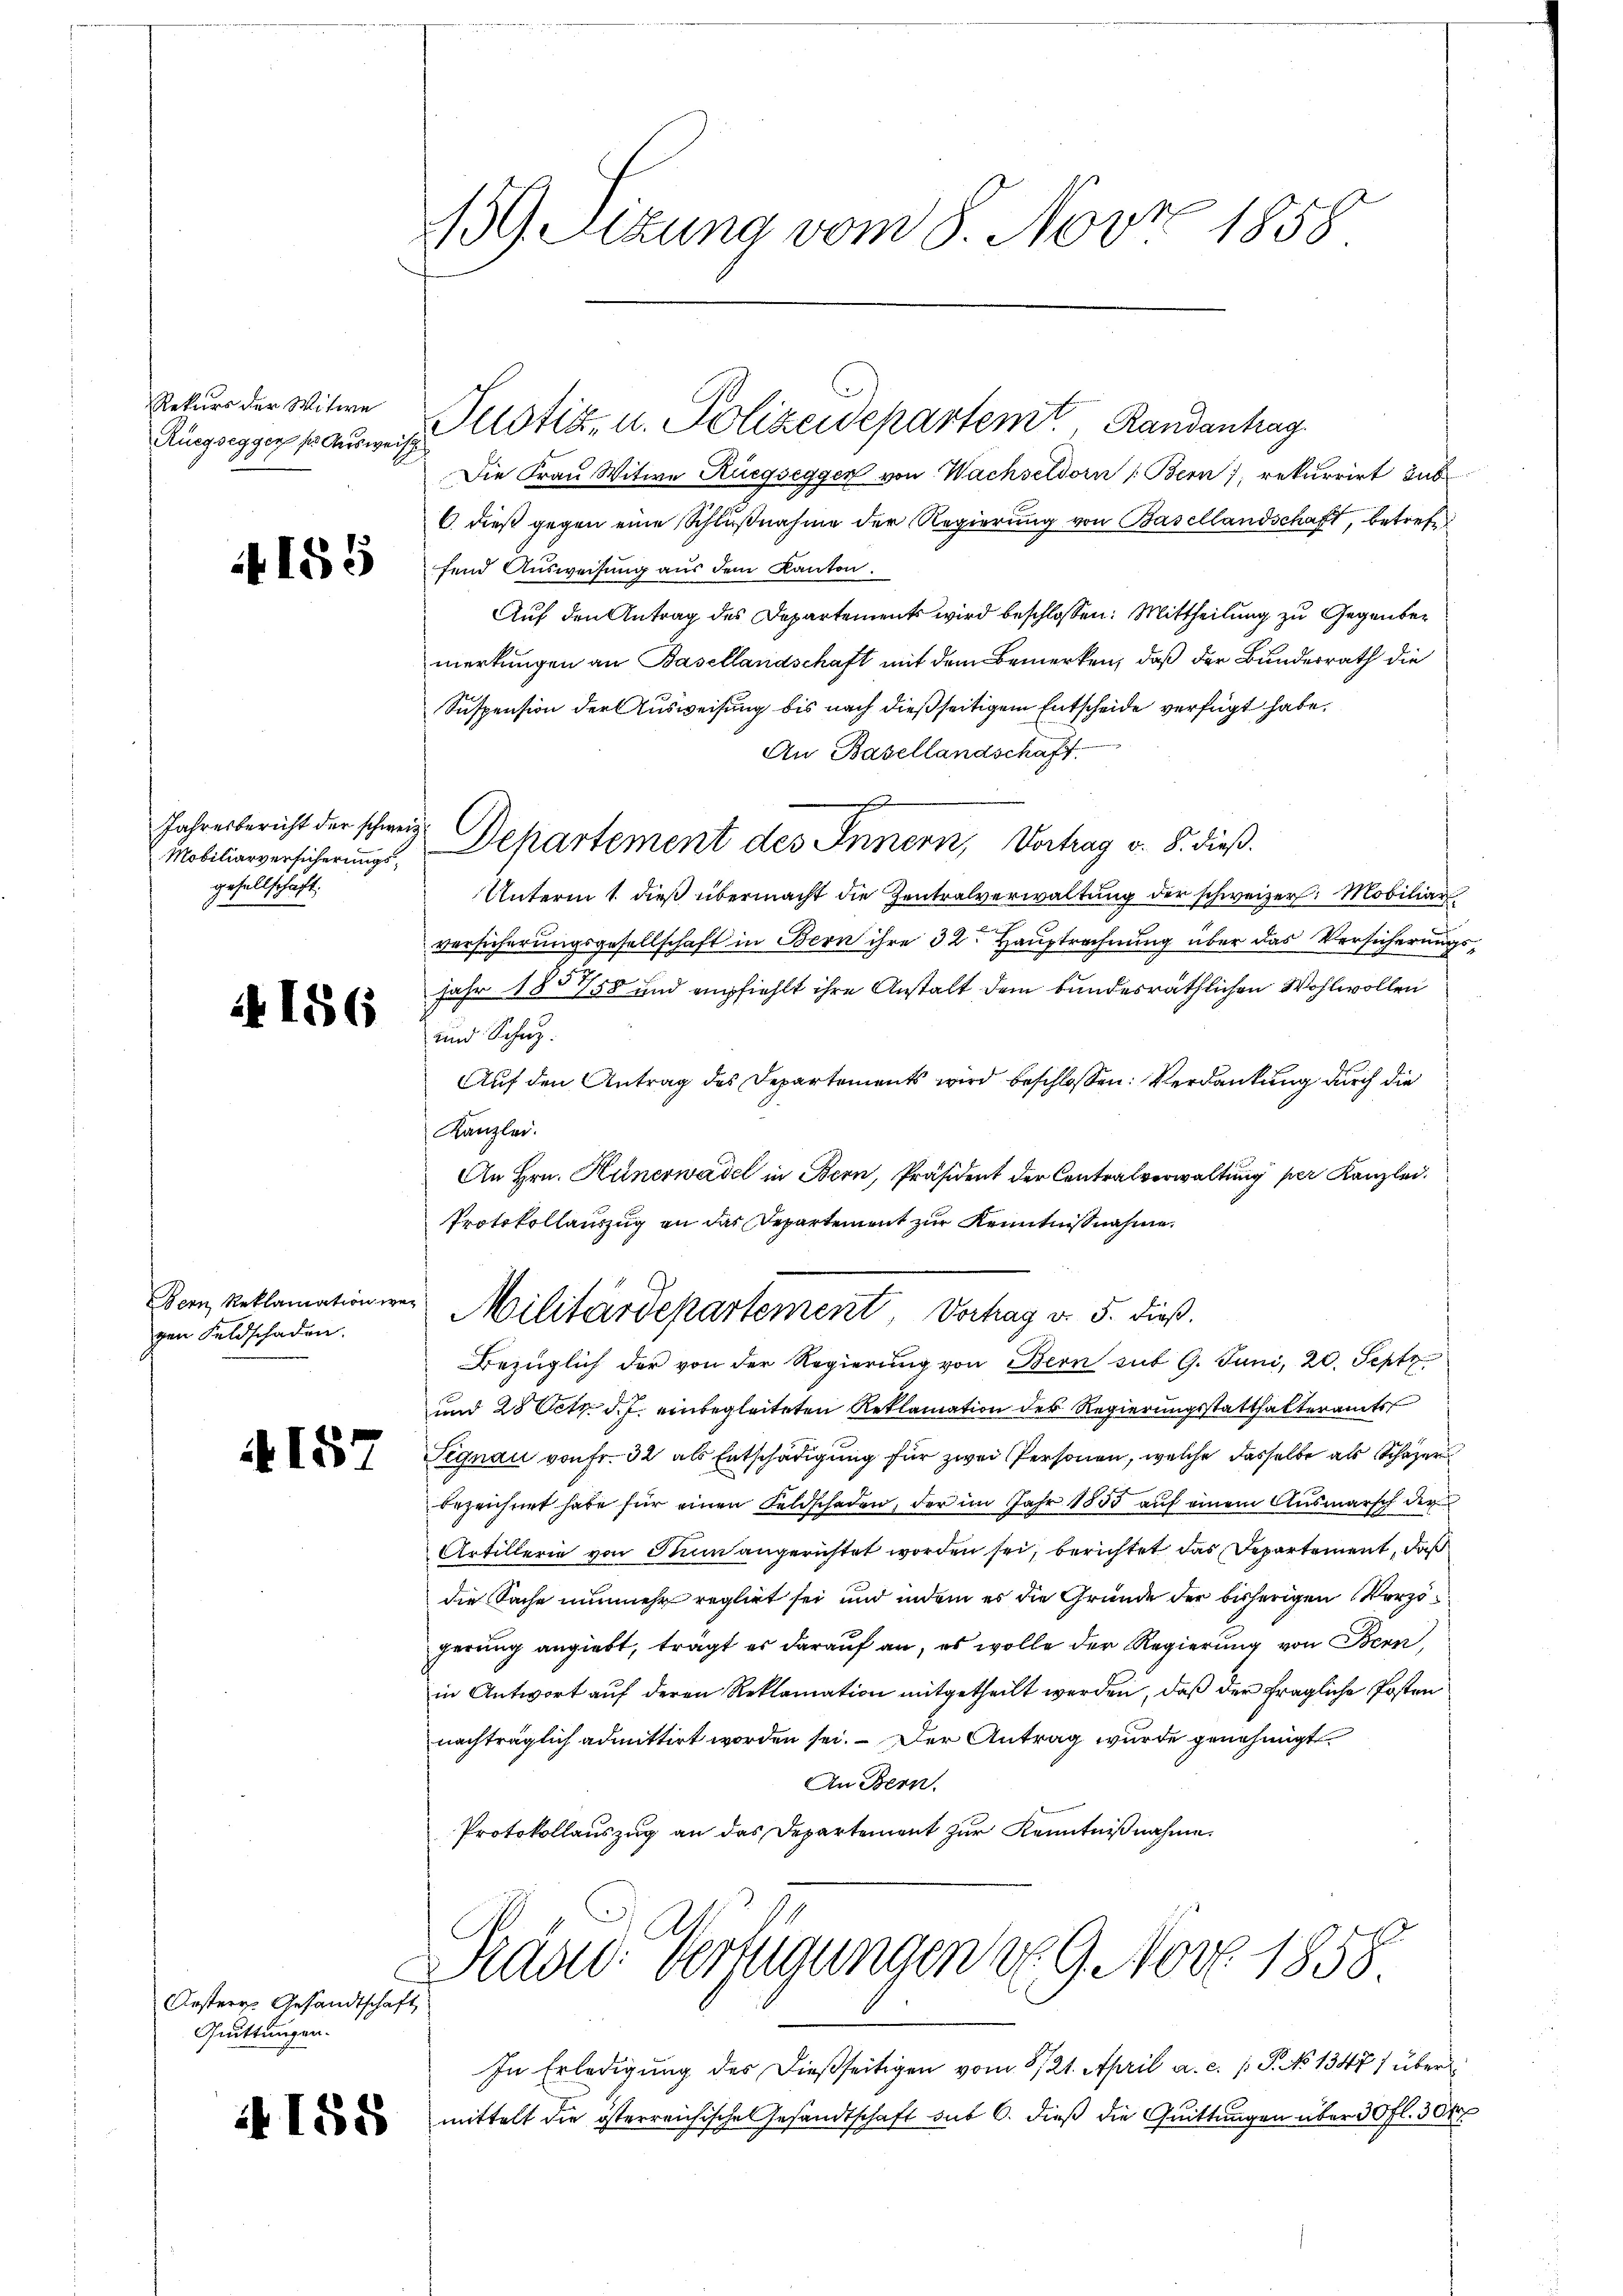
Rekurs der Witwe

it 155

Jahresbericht der schweiz.
Mobiliarversicherungsgesellschaft;

4 186

Bern Reklamation we
gen Feldschaden.

4157

Oesterr. Gesandtschaft
Quittungen.

A 158

159. Sekung vom 8. Nov. 1858

Die Frau Witwe Ruegsegger von Wachseldorn (Bern), rekurrirt zubr
6. dieß gegen eine Schlußnahme der Regierung von Basellandschaft, betrete
fend Ausweisung aus dem Kanton.
Auf den Antrag des Departements wird beschlossen: Mittheilung zu Gegenber
merkungen an Basellandschaft mit dem Bemerken, daß der Bundesrath die
Suspension der Ausweisung bis nach dießseitigem Entscheide verfügt habe.
An Basellandschaft
Unterm 1. dieß übermacht die Zentralverwaltung der schweizer. Mobiliar
versicherungsgesellschaft in Bern ihre 32 Hauptrechnung über das Versicherung
Jahr 1857/58 und empfiehlt ihre Anstalt dem bundesräthlichen Wohlwollen
und Schuz.
Auf den Antrag des Departements wird beschlossen: Verdankung durch die
Kanzlei.
An Hrn. Hünerwadel in Bern, Präsident der Centralverwaltung per Kanzlei.
Protokollauszug an der Departement zur Kenntnißnahme

Militärdepartement Vortrag v. 5. dieß.
Bezüglich der von der Regierung von Bern sit 9. Juni, 20. Septz
und 28 Oct. d. J. einbegleiteten Reklamation des Regierungsstatthalteramts
Signau von Fr. 32 als Entschädigung für zwei Personen, welche dasselbe als Schazer
bezeichnet habe für einen Feldschaden, der im Jahr 1855 auf einem Ausmarsch der
Artillerie von Sinn angerichtet worden sei, berichtet das Departement, daß
die Sache nunmehr reglirt sei und indem es die Gründe der bisherigen Verzögerung angiebt, trägt es darauf an, es wolle der Regierung von Bern,
in Antwort aŭf deren Reklamation mitgetheilt werden, daß der fragliche Posten
nachträglich admittirt worden sei. – Der Antrag wurde genehmigt
An Bern.
Protokollauszug an das Departement zur Kenntnißnahme.
Pras Verfügungen d. 9. Nov. 1858
In Erledigung des dießseitigen vom 8/21. April a. c. /: P. No 1347) über
mittelt die österreichische Gesandtschaft aus 6. dieß die Quittungen über 30 fl. 304

Ringsegger Bauer Plotiz u. Polizeidepartem Randenhag

Departement des Innern, Vertrag v. 8. dieß.

5